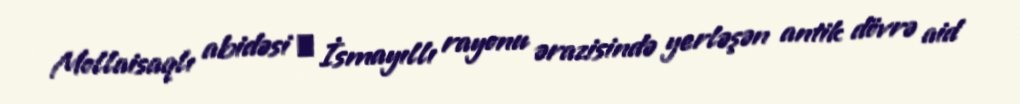
Mollaisaqlı abidəsi ― İsmayıllı rayonu ərazisində yerləşən antik dövrə aid